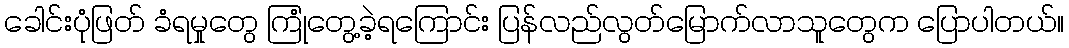
ခေါင်းပုံဖြတ် ခံရမှုတွေ ကြုံတွေ့ခဲ့ရကြောင်း ပြန်လည်လွတ်မြောက်လာသူတွေက ပြောပါတယ်။